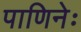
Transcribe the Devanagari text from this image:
पाणिनेः